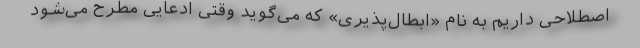
اصطلاحی داریم به نام «ابطال‌پذیری» که می‌گوید وقتی ادعایی مطرح می‌شود